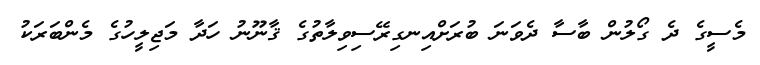
މެސީގެ ދެ ގޯލުން ބާސާ ދެވަނަ ބުރަށްއިނގިރޭސިވިލާތުގެ ޤާނޫނު ހަދާ މަޖިލީހުގެ މެންބަރަކު